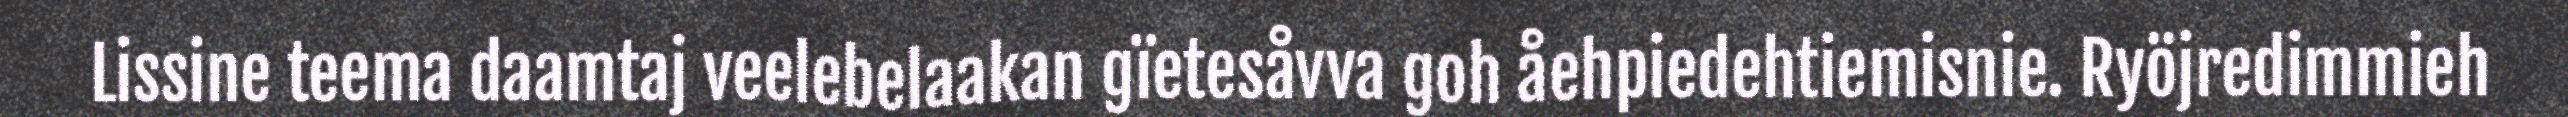
Lissine teema daamtaj veelebelaakan gïetesåvva goh åehpiedehtiemisnie. Ryöjredimmieh